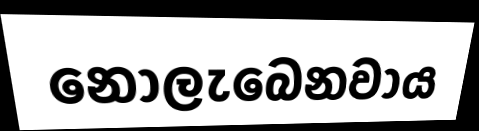
නොලැබෙනවාය